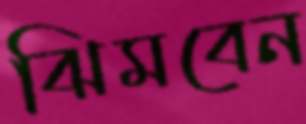
ঝিমবেন